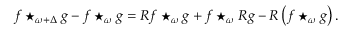
f \star _ { \omega + \Delta } g - f \star _ { \omega } g = R f \star _ { \omega } g + f \star _ { \omega } R g - R \left( f \star _ { \omega } g \right) .